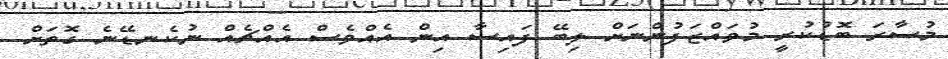
މުސާރަ ބޮޑުކުރީ މުވައްޒަފުންނަށް ލިބޭ ފައިސާ އިން އެއްވެސް އެއްޗެއް ނުކެނޑޭނެ ގޮތަށް